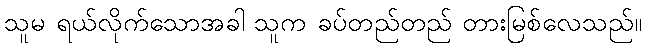
သူမ ရယ်လိုက်သောအခါ သူက ခပ်တည်တည် တားမြစ်လေသည်။